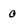
Character: 0